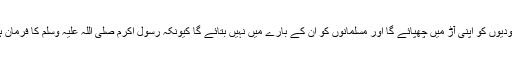
غرقد ایک ایسا پودا ہوگا جوکہ یہودیوں کو اپنی آڑ میں چھپائے گا اور مسلمانوں کو ان کے بارے میں نہیں بتائے گا کیونکہ رسول اکرم صلی اللہ علیہ وسلم کا فرمان ہے کہ وہ یہودیوں کا درخت ہے۔